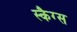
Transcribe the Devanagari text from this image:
स्कैग्स